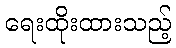
ရေးထိုးထားသည့်